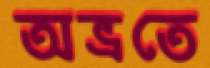
অভ্রতে